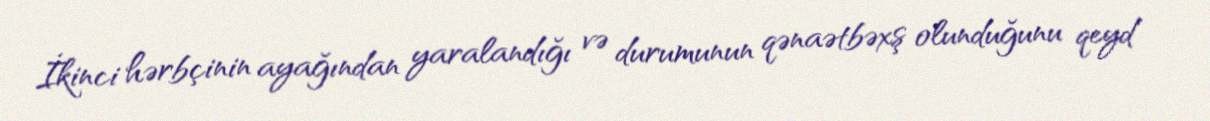
İkinci hərbçinin ayağından yaralandığı və durumunun qənaətbəxş olunduğunu qeyd